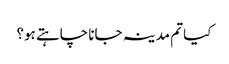
کیا تم مدینہ جانا چاہتے ہو؟